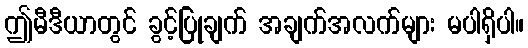
ဤမီဒီယာတွင် ခွင့်ပြုချက် အချက်အလက်များ မပါရှိပါ။